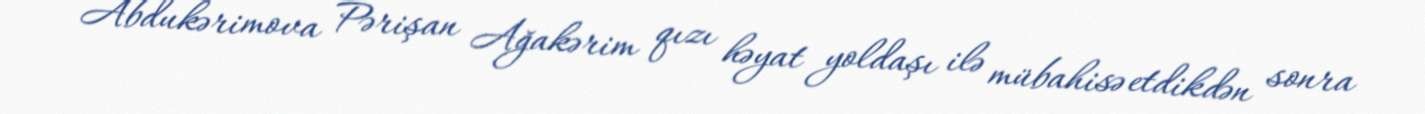
Abdukərimova Pərişan Ağakərim qızı həyat yoldaşı ilə mübahisə etdikdən sonra